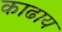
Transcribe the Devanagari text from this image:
काढाय